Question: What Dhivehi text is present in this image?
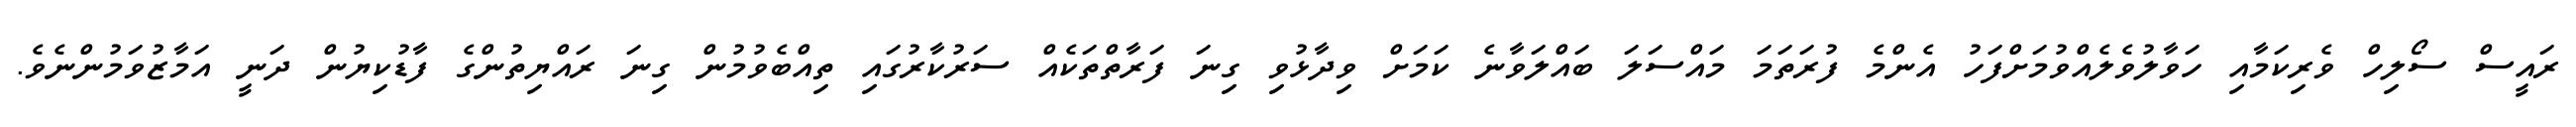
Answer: ރައީސް ސޯލިހް ވެރިކަމާއި ހަވާލުވެލެއްވުމަށްފަހު އެންމެ ފުރަތަމަ މައްސަލަ ބައްލަވާނެ ކަމަށް ވިދާޅުވި ގިނަ ފަރާތްތަކެއް ސަރުކާރުގައި ތިއްބެވުމުން ގިނަ ރައްޔިތުންގެ ފާޑުކިޔުން ދަނީ އަމާޒުވަމުންނެވެ.